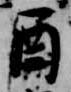
酉